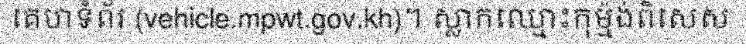
គេហទំព័រ (vehicle.mpwt.gov.kh)។ ស្លាកឈ្មោះកុម្ម៉ង់ពិសេស